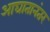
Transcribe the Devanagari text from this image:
आघातानंतर